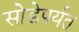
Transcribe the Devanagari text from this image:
सोडेपर्यंत